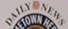
DAILYNEWS